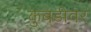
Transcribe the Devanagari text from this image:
कुबडीवर